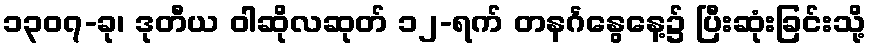
၁၃၀၇-ခု၊ ဒုတီယ ဝါဆိုလဆုတ် ၁၂-ရက် တနင်္ဂနွေနေ့၌ ပြီးဆုံးခြင်းသို့